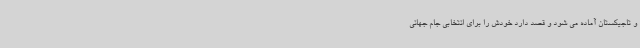
و تاجیکستان آماده می شود و قصد دارد خودش را برای انتخابی جام جهانی